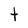
Character: t